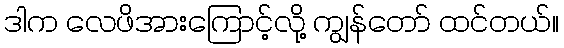
ဒါက လေဖိအားကြောင့်လို့ ကျွန်တော် ထင်တယ်။